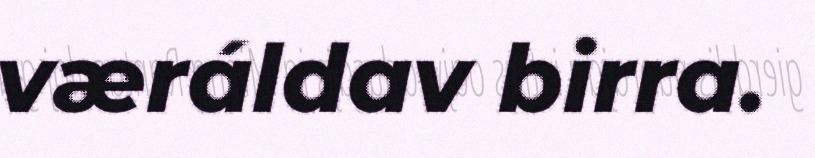
væráldav birra.